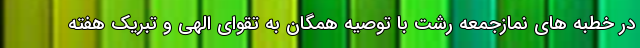
در خطبه های نمازجمعه رشت با توصیه همگان به تقوای الهی و تبریک هفته